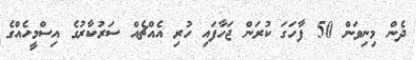
ދެން މިނިވަން 50 ފާހަގަ ކުރަން ޖަހާފައި ހުރި އެއްޗެއް ސަރުކާރުގެ އިސްމީހެއްގެ